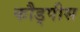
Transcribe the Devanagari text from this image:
कौड्पीस